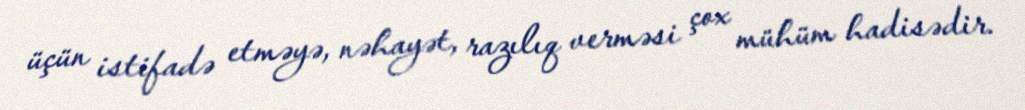
üçün istifadə etməyə, nəhayət, razılıq verməsi çox mühüm hadisədir.